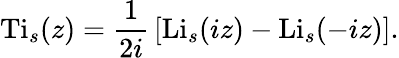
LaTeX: \operatorname{Ti}_{s}(z)={\frac{1}{2i}}\left[\operatorname{Li}_{s}(iz)-\operatorname{Li}_{s}(-iz)\right].